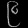
Digit: ၉